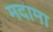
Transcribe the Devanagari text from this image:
मदामा